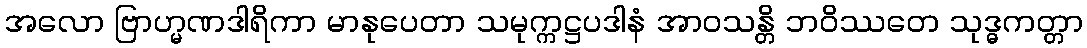
အလော ဗြာဟ္မဏဒါရိကာ မာနုပေတာ သမုက္ကဋ္ဌပဒါနံ အာဝသန္တိ ဘဝိဿတေ သုဒ္ဓကတ္တာ